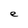
Character: e